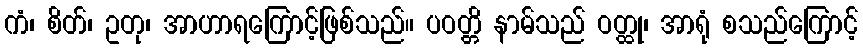
ကံ၊ စိတ်၊ ဥတု၊ အာဟာရကြောင့်ဖြစ်သည်။ ပဝတ္တိ နာမ်သည် ဝတ္ထု၊ အာရုံ စသည်ကြောင့်